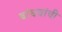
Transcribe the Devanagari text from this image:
बांधवांचीे